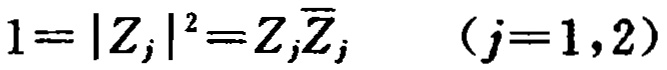
\(1 = |Z_j|^2 = Z_j\overline{Z_j}\quad (j = 1, 2)\)